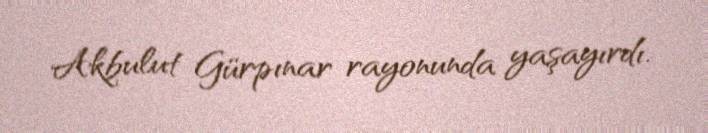
Akbulut Gürpınar rayonunda yaşayırdı.